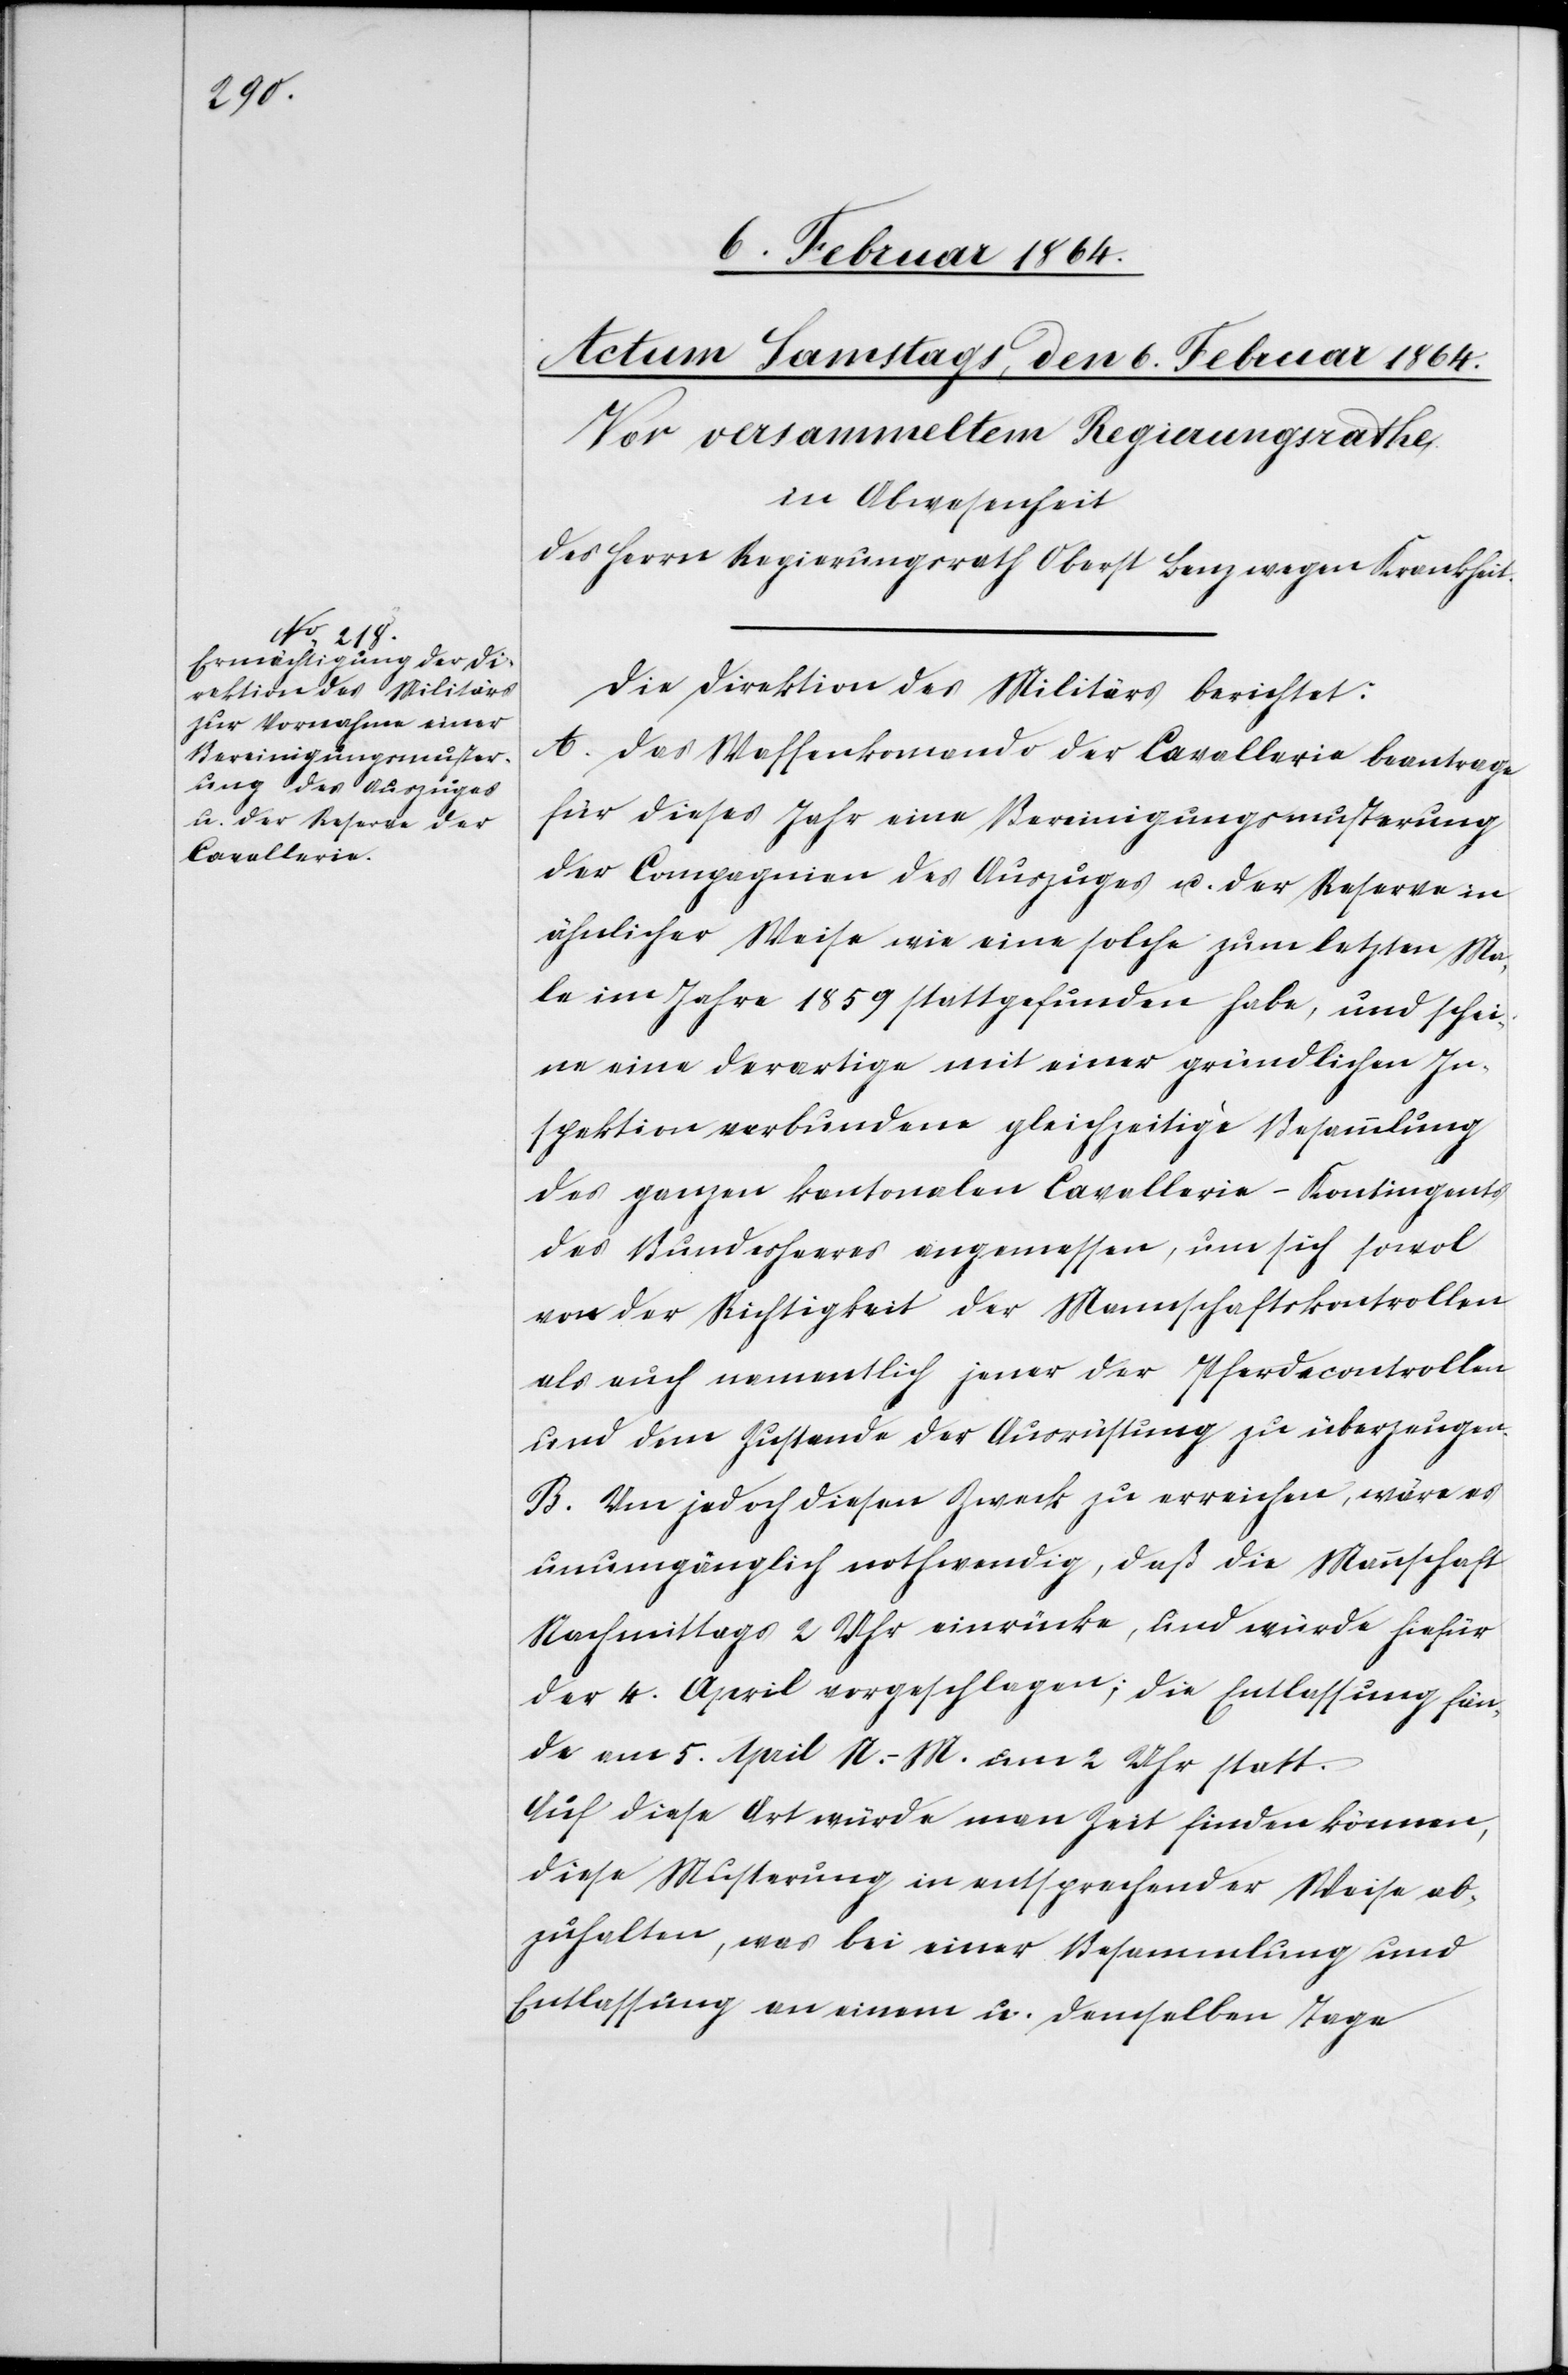
Die Direktion des Militärs berichtet:
A. Das Waffenkomando der Cavallerie beantrage
für dieses Jahr eine Bereinigungsmusterung
der Compagnien des Auszuges u. der Reserve in
ähnlicher Weise wie eine solche zum letzten Ma¬
le im Jahre 1859 stattgefunden habe, und schei¬
ne eine derartige mit einer gründlichen In¬
spektion verbundene gleichzeitige Besammlung
des ganzen kantonalen Cavallerie-Kontingents
des Bundesheeres angemessen, um sich sowol
von der Richtigkeit der Mannschaftskontrollen
als auch namentlich jener der Pferdecontrollen
und dem Zustande der Ausrüstung zu überzeugen.
B. Um jedoch diesen Zweck zu erreichen, wäre es
unumgänglich nothwendig, daß die Mannschaft
Nachmittags 2 Uhr einrücke, und würde hiefür
der 4. April vorgeschlagen; die Entlassung fän¬
de am 5. April N.-M. um 2 Uhr statt.
Auf diese Art würde man Zeit finden können,
diese Musterung in entsprechender Weise ab¬
zuhalten, was bei einer Besammlung und
Entlassung an einem u. demselben Tage